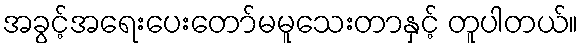
အခွင့်အရေးပေးတော်မမူသေးတာနှင့် တူပါတယ်။